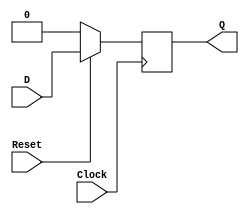
`timescale 1ns / 1ps
// D Flip FLop with Synchronous Reset 

module dff_SyncReset (Clock, D, Q, Reset);
	input Clock;
	input D;
	input Reset;
	output reg Q; 

always @ (posedge Clock)
	begin
		// Q <= (!Reset)? 0 : D;
		if(!Reset) 
			Q <= 0; // Q <= 1'b0;
                    // Qn <= 1'b1;    
                    //     
		else
			Q <= D;	
					// Qn <= -D;    
                    //     
	end

endmodule